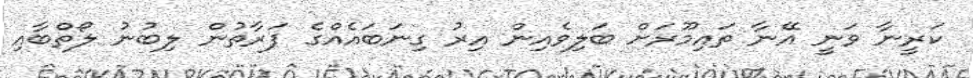
ކަރީނާ ވަނީ އޭނާ ތައިމޫރަށް ބަލިވެއިން އިރު ގިނަބައެއްގެ ފަރާތުން ލިބުނު ލޯތްބާއި